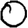
Digit: 0